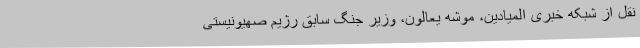
نقل از شبکه خبری المیادین، موشه یعالون، وزیر جنگ سابق رژیم صهیونیستی